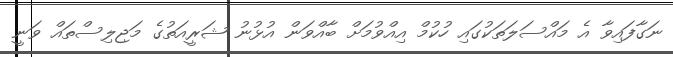
ނަގާފައިވާ އެ މައްސަލަތަކުގައި ހުކުމް އިއްވުމަށް ބާއްވަން އުޅުނު ޝަރީއަތުގެ މަޖިލިސްތައް ވަނީ